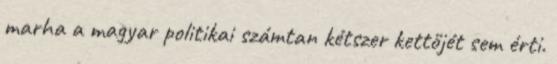
marha a magyar politikai számtan kétszer kettőjét sem érti.